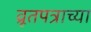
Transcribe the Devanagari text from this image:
व्रूतपत्राच्या